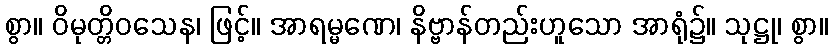
စွာ။ ဝိမုတ္တိဝသေန၊ ဖြင့်။ အာရမ္မဏေ၊ နိဗ္ဗာန်တည်းဟူသော အာရုံ၌။ သုဋ္ဌု၊ စွာ။